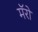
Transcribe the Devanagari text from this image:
मॅरो